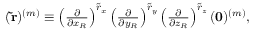
\begin{array} { r } { ( \mathbf { \tilde { r } } ) ^ { ( m ) } \equiv \left( \frac { \partial } { \partial x _ { R } } \right) ^ { \tilde { r } _ { x } } \left( \frac { \partial } { \partial y _ { R } } \right) ^ { \tilde { r } _ { y } } \left( \frac { \partial } { \partial z _ { R } } \right) ^ { \tilde { r } _ { z } } ( \mathbf { 0 } ) ^ { ( m ) } , } \end{array}